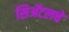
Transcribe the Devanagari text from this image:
सिॲटलचे